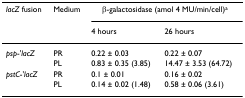
<table><thead><tr><td><b><i>lacZ </i>fusion</b></td><td><b>Medium</b></td><td colspan="2"><b>β-galactosidase (amol 4 MU/min/cell)<sup>a</sup></b></td></tr><tr><td>[EMPTY_CELL]</td><td>[EMPTY_CELL]</td><td><b>4 hours</b></td><td><b>26 hours</b></td></tr></thead><tbody><tr><td><i>psp</i>-'<i>lacZ</i></td><td>PR</td><td>0.22 ± 0.03</td><td>0.22 ± 0.07</td></tr><tr><td>[EMPTY_CELL]</td><td>PL</td><td>0.83 ± 0.35 (3.85)</td><td>14.47 ± 3.53 (64.72)</td></tr><tr><td><i>pstC</i>-'<i>lacZ</i></td><td>PR</td><td>0.1 ± 0.01</td><td>0.16 ± 0.02</td></tr><tr><td>[EMPTY_CELL]</td><td>PL</td><td>0.14 ± 0.02 (1.48)</td><td>0.58 ± 0.06 (3.61)</td></tr></tbody></table>